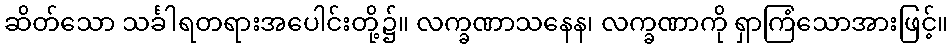
ဆိတ်သော သင်္ခါရတရားအပေါင်းတို့၌။ လက္ခဏာသနေန၊ လက္ခဏာကို ရှာကြံသောအားဖြင့်။